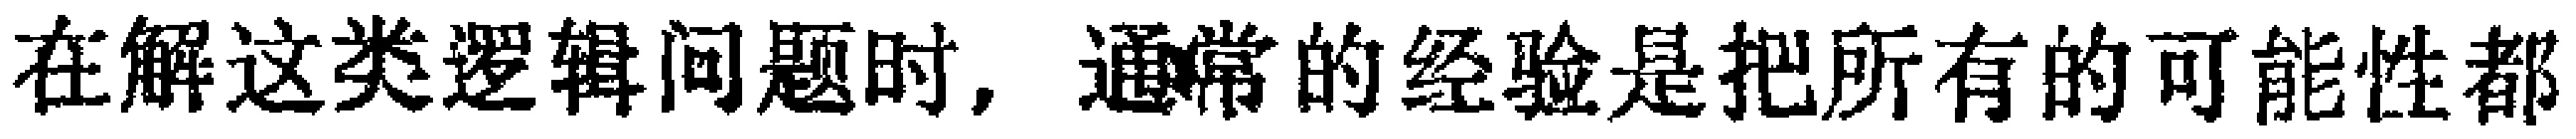
在解这类逻辑问题时，通常的经验是把所有的可能性都